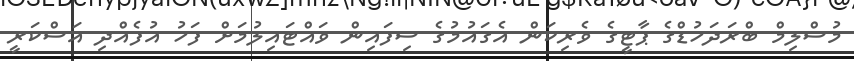
މުސްލިމް ބްރަދަހުޑްގެ ޕާޓީގެ ވެރިކަން އެގައުމުގެ ސިފައިން ވައްޓައިލުމަށް ފަހު އުފެއްދި އަސްކަރީ